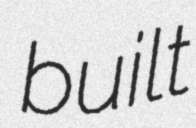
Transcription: built